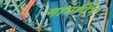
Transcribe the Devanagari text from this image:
मापपिंग